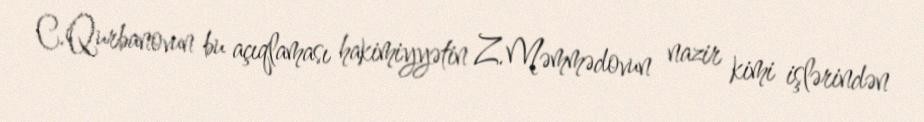
C.Qurbanovun bu açıqlaması hakimiyyətin Z.Məmmədovun nazir kimi işlərindən